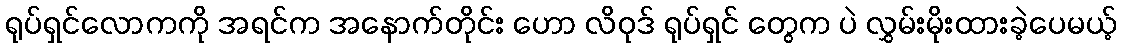
ရုပ်ရှင်လောကကို အရင်က အနောက်တိုင်း ဟော လိဝုဒ် ရုပ်ရှင် တွေက ပဲ လွှမ်းမိုးထားခဲ့ပေမယ့်